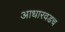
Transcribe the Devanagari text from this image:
आधारवडच